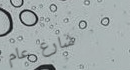
شارع عام